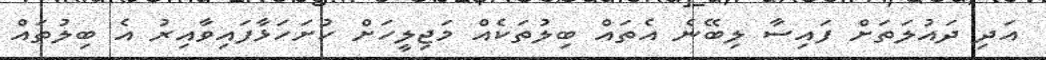
އަދި ދައުލަތަށް ފައިސާ ލިބޭނެ އެތައް ބިލުތަކެއް މަޖިލީހަށް ހުށަހަޅާފައިވާއިރު އެ ބިލުތައް